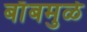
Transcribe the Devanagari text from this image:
बाँबमुळे